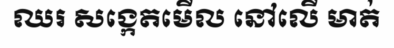
ឈរ សង្កេតមើល នៅលើ មាត់